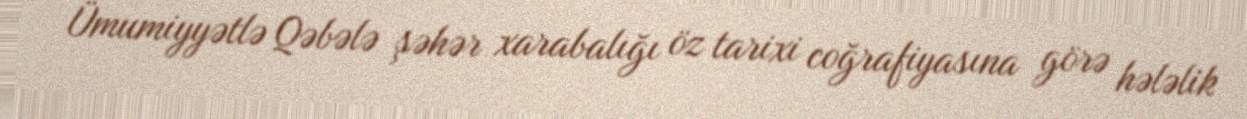
Ümumiyyətlə Qəbələ şəhər xarabalığı öz tarixi coğrafiyasına görə hələlik